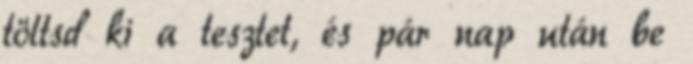
töltsd ki a tesztet, és pár nap után be